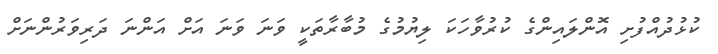
ކުޅުދުއްފުށި އޮންލައިންގެ ކުރުވާހަކަ ލިޔުމުގެ މުބާރާތަކީ ވަނަ ވަނަ އަށް އަންނަ ދަރިވަރުންނަށް